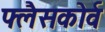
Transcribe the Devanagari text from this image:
फ्लैसकोर्व